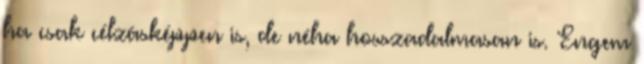
ha csak célzásképpen is, de néha hosszadalmasan is. Engem